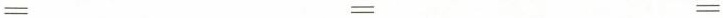
= = =